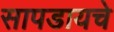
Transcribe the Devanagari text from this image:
सापडायचे